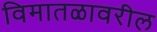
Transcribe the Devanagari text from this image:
विमातळावरील